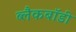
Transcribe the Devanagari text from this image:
ब्लैकबॉडी